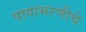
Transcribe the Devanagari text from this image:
पायाभरणीचे